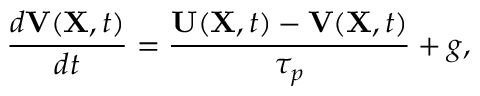
\frac { d { \bf V } ( { \bf X } , t ) } { d t } = \frac { { \bf U } ( { \bf X } , t ) - { \bf V } ( { \bf X } , t ) } { \tau _ { p } } + g ,